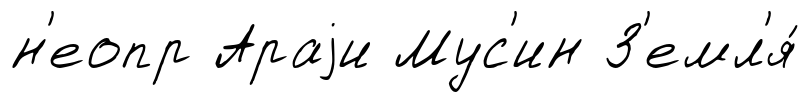
н'еопр Араjи Мус'ин З'емл'я́